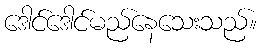
ဒေါင်ဒေါင်မည်နေသေးသည်။